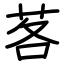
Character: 茖